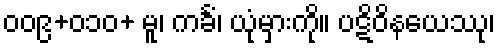
၀၀၉+၀၁၀+ မူ၊ ကင်္ခံ၊ ယုံမှားကို။ ပဋိဝိနယေဿု၊